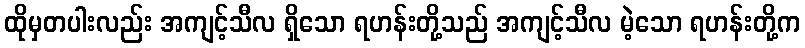
ထိုမှတပါးလည်း အကျင့်သီလ ရှိသော ရဟန်းတို့သည် အကျင့်သီလ မဲ့သော ရဟန်းတို့က